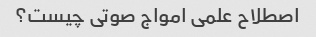
اصطلاح علمی امواج صوتی چیست؟